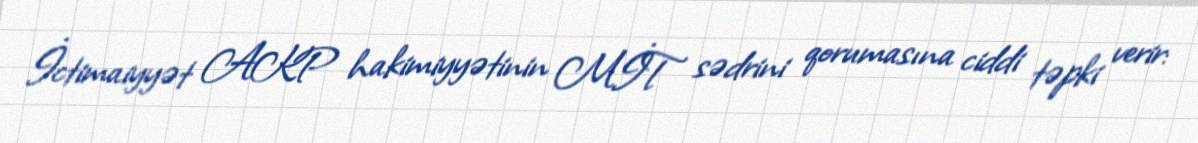
İctimaiyyət AKP hakimiyyətinin MİT sədrini qorumasına ciddi təpki verir: